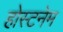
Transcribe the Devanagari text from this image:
होस्टनेम